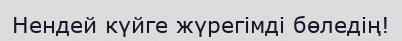
Нендей күйге жүрегімді бөледің!